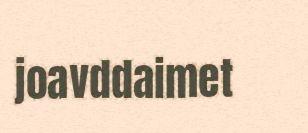
joavddaimet